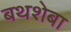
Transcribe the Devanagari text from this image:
बथशेबा